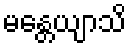
မန္တေယျာသိ